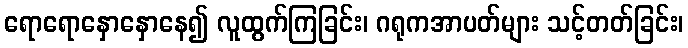
ရောရောနှောနှောနေ၍ လူထွက်ကြခြင်း၊ ဂရုကအာပတ်များ သင့်တတ်ခြင်း၊